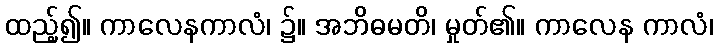
ထည့်၍။ ကာလေနကာလံ၊ ၌။ အဘိဓမတိ၊ မှုတ်၏။ ကာလေန ကာလံ၊